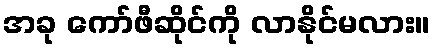
အခု ကော်ဖီဆိုင်ကို လာနိုင်မလား။